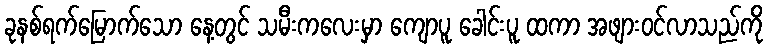
ခုနစ်ရက်မြောက်သော နေ့တွင် သမီးကလေးမှာ ကျောပူ ခေါင်းပူ ထကာ အဖျားဝင်လာသည်ကို